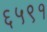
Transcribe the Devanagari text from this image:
६५९१